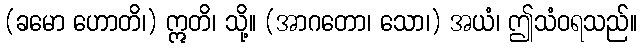
(ခမော ဟောတိ၊) ဣတိ၊ သို့။ (အာဂတော၊ သော၊) အယံ၊ ဤသံဝရသည်။